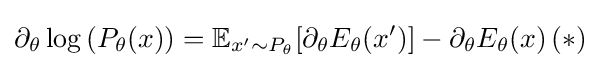
\partial _{\theta }\log \left(P_{\theta }(x)\right)=\mathbb {E} _{x'\sim P_{\theta }}[\partial _{\theta }E_{\theta }(x')]-\partial _{\theta }E_{\theta }(x)\,(*)